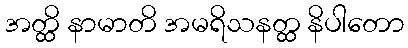
အတ္ထိ နာမာတိ အမရိသနတ္ထ နိပါတော